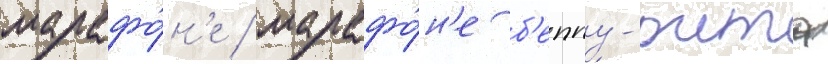
марафо́н'е / марафо́н'е б'еппу-оита